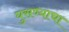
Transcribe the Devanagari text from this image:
घुसण्याचा